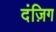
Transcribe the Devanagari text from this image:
दंज़िग